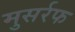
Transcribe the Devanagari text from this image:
मुसर्रफ